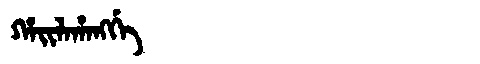
Manchu: ᡥᠠᡳᠯᠠᡥᠠᠩᡤᡝ
Romanization: HAILAHANGGE